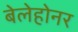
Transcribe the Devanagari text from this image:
बेलेहोनर